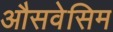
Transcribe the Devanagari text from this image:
औसवेसिम